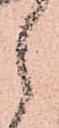
郎